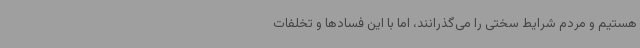
هستیم و مردم شرایط سختی را می‌گذرانند، اما با این فسادها و تخلفات